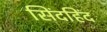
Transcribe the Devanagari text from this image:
सिंदहिंद